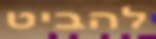
להביט